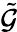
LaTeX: \tilde{\mathcal{G}}